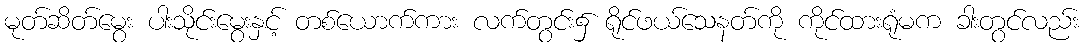
မုတ်ဆိတ်မွေး ပါးသိုင်းမွေးနှင့် တစ်ယောက်ကား လက်တွင်း၌ ရိုင်ဖယ်သေနတ်ကို ကိုင်ထားရုံမက ခါးတွင်လည်း